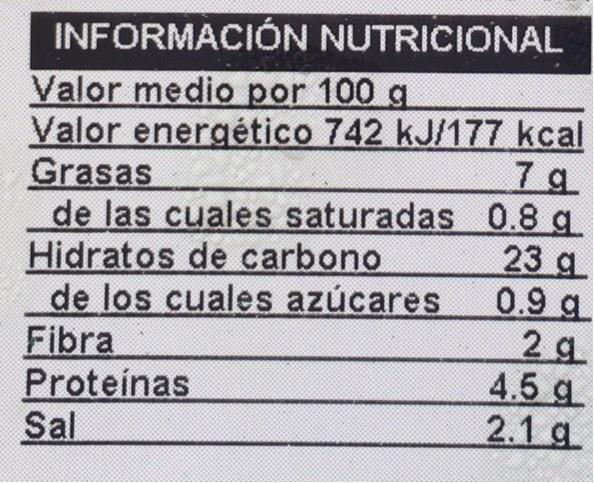
INFORMACIÓN NUTRICIONAL Valor medio por 100 g Valor energético 742 kJ/177 kcal Grasas de las cuales saturadas 0.8 g. Hidratos de carbono de los cuales azúcares Fibra Proteinas Sal
7 g
23 g 0.9 g 2 g 4.5 g 2.1 g